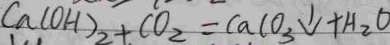
C a ( O H ) _ { 2 } + C O _ { 2 } = C a C O _ { 3 } \downarrow + H _ { 2 } O